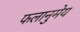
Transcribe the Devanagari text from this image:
फलानुमेय